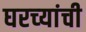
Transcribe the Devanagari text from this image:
घरच्‍यांची